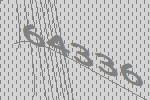
64336